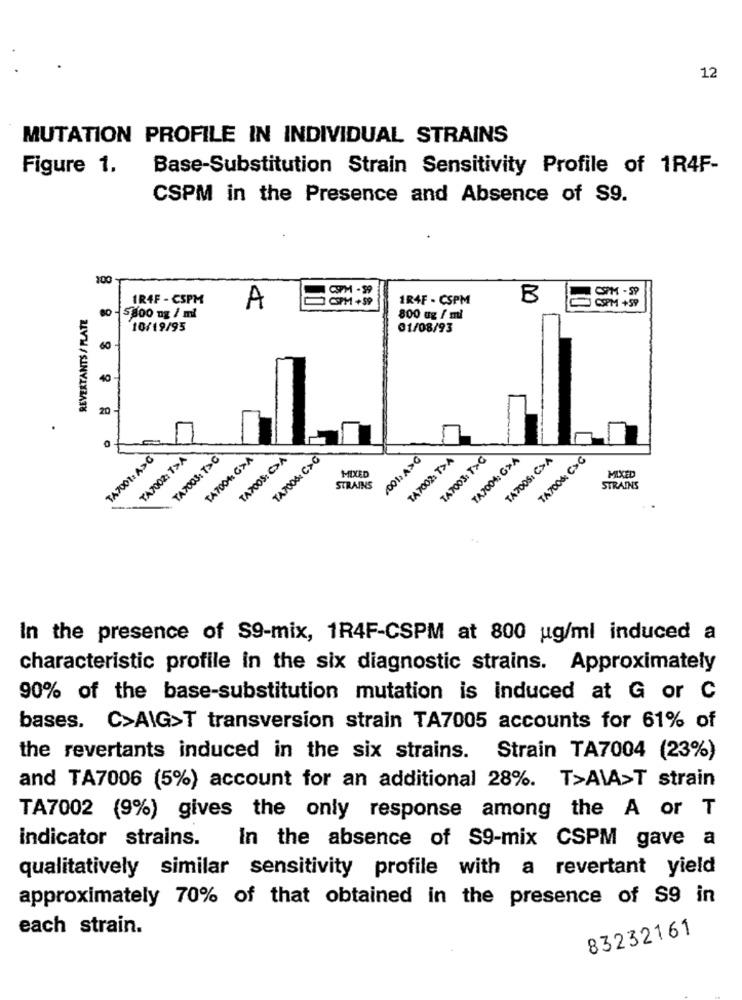
12
MUTATION PROFILE IN INDIVIDUAL STRAINS
Figure 1,
Base-Substitution Strain Sensitivity Profile of 1R4F-
CSPM in the Presence and Absence of S9.
100
IR4F - CSPM
PM +59
1R4F - CSPM
B
CPM - 59
REVERTANTS / PLATE
A
CSPM +59
5800 ng / ml
800 mg / ml
10/19/95
01/08/93
60
40
20
TA7001: A>C
TATOO2: T»A
TATOOS: T>C
TA7004 G>A
TA7005: C>A
TA7006: C>G
,001: A>G
TATO02: T>A
TA7003: T>G
TA7004; G>A
TA700S: C>A
TA700& C>G
MIXED
MIXED
STRAINS
STRAINS
In the presence of S9-mix, 1R4F-CSPM at 800 ug/ml induced a
characteristic profile in the six diagnostic strains. Approximately
90% of the base-substitution mutation is induced at G or C
bases. C>AIG>T transversion strain TA7005 accounts for 61% of
the revertants induced in the six strains. Strain TA7004 (23%)
and TA7006 (5%) account for an additional 28%. T>AIA>T strain
TA7002 (9%) gives the only response among the A or T
indicator strains.
In the absence of S9-mix CSPM gave a
qualitatively similar sensitivity profile with a revertant yield
approximately 70% of that obtained in the presence of $9 in
each strain.
83232161